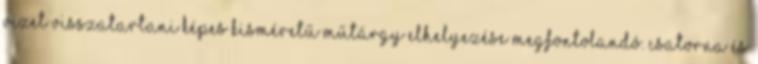
vizet visszatartani képes kisméretű műtárgy elhelyezése megfontolandó. Csatorna és